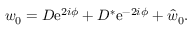
w _ { 0 } = D \mathrm { e } ^ { 2 i \phi } + D ^ { * } \mathrm { e } ^ { - 2 i \phi } + \hat { w } _ { 0 } .